Sanitation, dispensaries and jails vaccination Rajputana 1922-1927 - 1922-1927
Year: 1922
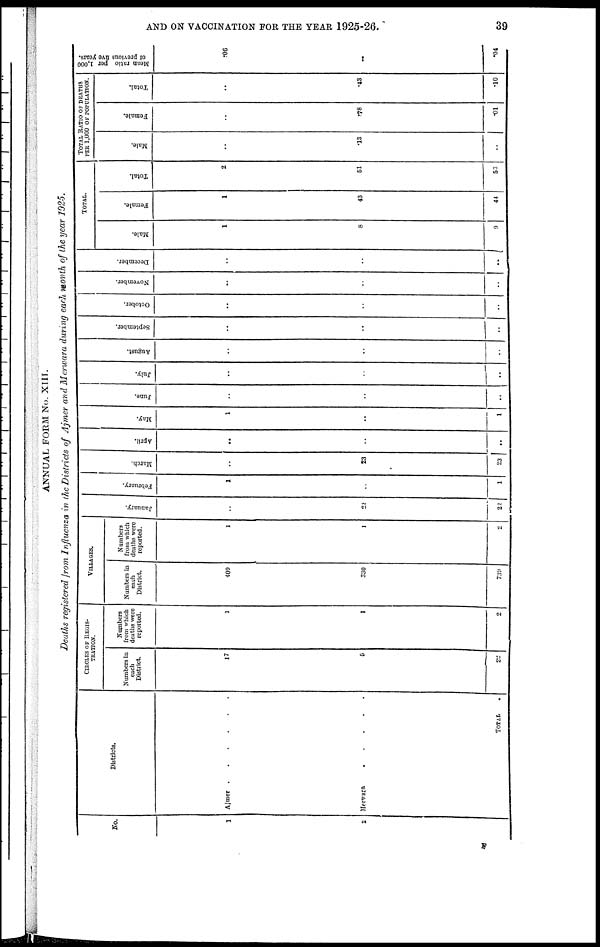
AND ON VACCINATION FOR THE YEAR 1925-26.
39
ANNUAL FORM No. XIII.
Deaths registered from Influenza in the Districts of Ajmer and Merwara during each month of the year 1925.
No.
1
2
Districts.
Ajmer ......
Merwara
.
.
.
.
.
TOTAL .
CIRCLES OF REGIS¬
--------
Numbers in
each
District.
17
5
22
Numbers
from which
deaths were
reported.
1
1
2
VILLAGES.
Numbers in
each
District.
409
330
739
Numbers
from which
deaths were
reported.
1
1
2
January.
..
28
28
February.
1
..
1
March.
..
23
23
April.
..
..
..
May.
1
..
1
June.
..
..
..
July.
..
..
..
August.
..
..
..
September.
..
..
..
October.
..
..
..
November.
..
..
..
December.
..
..
..
TOTAL.
Male.
1
8
9
Female.
1
43
44
Total.
2
51
53
TOTAL RATIO OF DEATHS
PER 1,000 OF POPULATION.
Male.
..
.13
..
Female.
..
.78
.01
Total.
..
.43
.10
Mean ratio per 1,000
of previous five years.
.06
..
.04
T